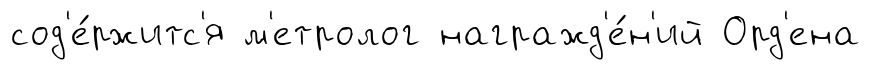
сод'е́ржитс'я м'етролог награжд'е́н'ий Орд'ена